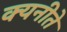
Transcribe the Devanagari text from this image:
क्यनीते